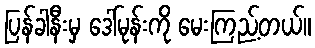
ပြန်ခါနီးမှ ဒေါ်မုန်းကို မေးကြည့်တယ်။